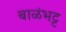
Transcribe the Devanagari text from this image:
बाळंभट्ट